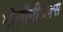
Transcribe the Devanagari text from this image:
मोलीनीअक्स